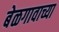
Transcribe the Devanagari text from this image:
बेळगावाच्या